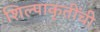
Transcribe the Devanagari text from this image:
शिल्पाकृतींची